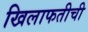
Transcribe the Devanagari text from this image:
खिलाफतीची